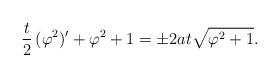
LaTeX: \begin{align*} \frac{t}{2} \,(\varphi ^2)' + \varphi ^2 + 1 = \pm 2 a t \sqrt{\varphi ^2 + 1}.\end{align*}